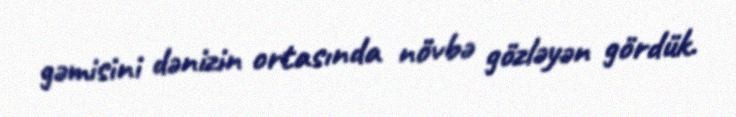
gəmisini dənizin ortasında növbə gözləyən gördük.